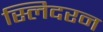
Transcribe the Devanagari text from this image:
स्लिदरन